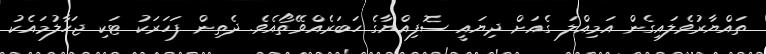
ތައްޔާރުވެލަައިގެން އަމިއްލަ ގެއަށް ދިޔައީ ސޮފިއްޔާގެ ހަބަރެއްވޭތޯއެވެ. ދެތިން ފަހަރަކު ޓަކި ޖަހާލުމައެކު